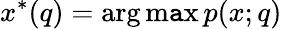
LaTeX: x^{*}(q)=\arg\operatorname*{m\mathtt{a}x}p(x;q)